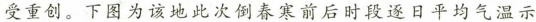
受重创。下图为该地此次倒春寒前后时段逐日平均气温示